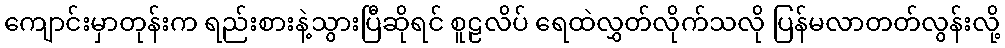
ကျောင်းမှာတုန်းက ရည်းစားနဲ့သွားပြီဆိုရင် စူဠလိပ် ရေထဲလွှတ်လိုက်သလို ပြန်မလာတတ်လွန်းလို့